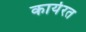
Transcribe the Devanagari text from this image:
कार्यरत